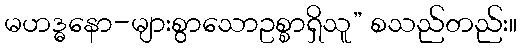
မဟဒ္ဓနော-များစွာသောဥစ္စာရှိသူ” စသည်တည်း။